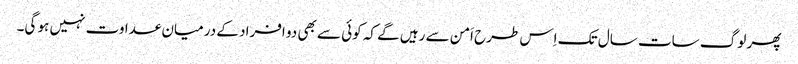
پھر لوگ سات سال تک اِس طرح اَمن سے رہیں گے کہ کوئی سے بھی دو افراد کے درمیان عداوت نہیں ہو گی۔